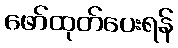
ဖော်ထုတ်ပေးရန်